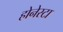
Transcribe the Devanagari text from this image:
होनेस्टा